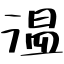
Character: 温